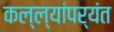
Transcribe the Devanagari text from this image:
कल्ल्यांपर्यंत